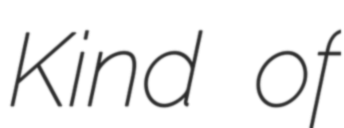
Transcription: Kind of